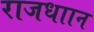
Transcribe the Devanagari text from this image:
राजधाान